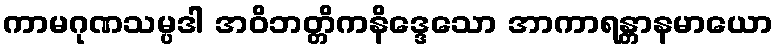
ကာမဂုဏသမ္ပဒါ အဝိဘတ္တိကနိဒ္ဒေသော အာကာရန္တာနမာယော